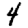
Digit: 4